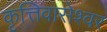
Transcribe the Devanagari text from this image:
कृत्तिवासेश्वर